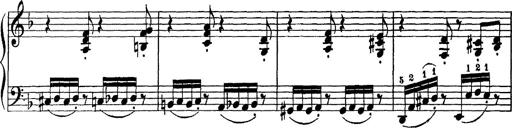
Title: Scherzo und Marsch
Composer: Franz Liszt